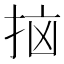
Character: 𫼭